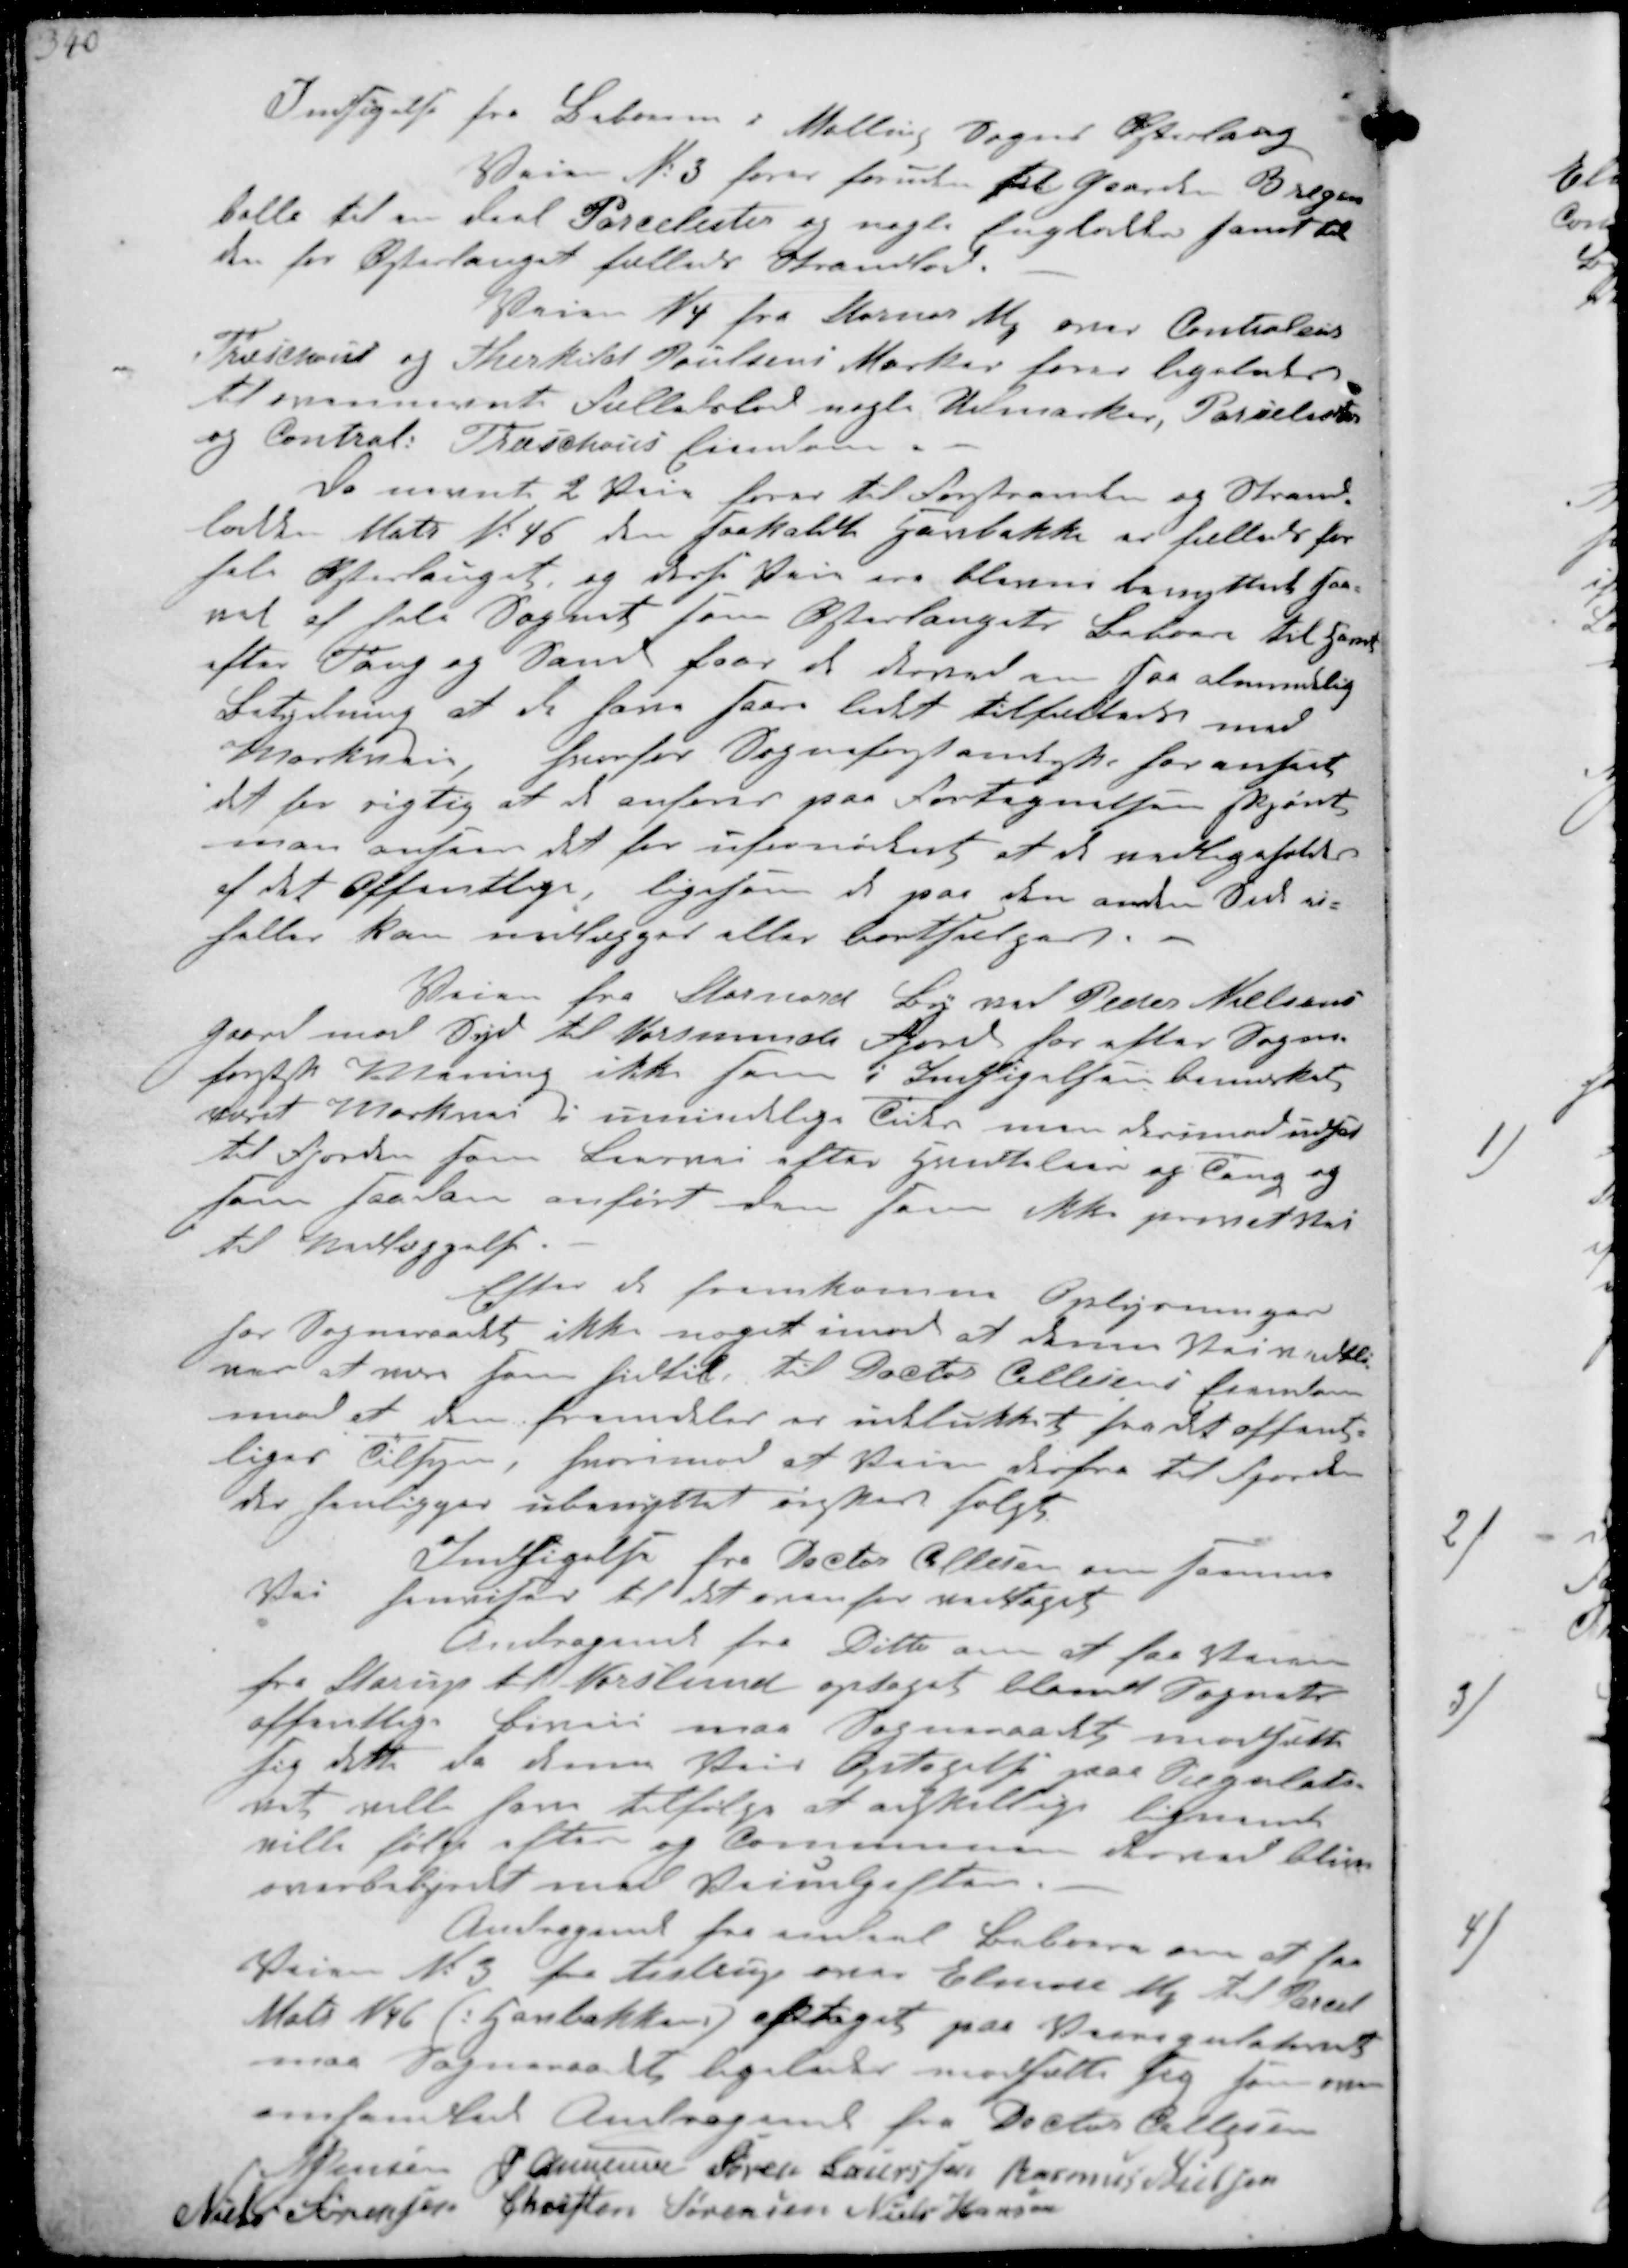
Transskription:
Indsigelse fra Beboerne i Malling Sogns Østerlaug
Veien No 3 fører foruden til Gaarden Bregen-
balle til en del Parcelister og nogle Englodder samt til
den for Østerlauget fælles Strandlod
Veien N 4 fra Stornor ₻ over Controllør
Treschous og Therkild Poulsens Marker fører ligeledes
til ovennævnte Fælleslod nogle Udmarker, Parceller
og Control Traschous Eiendom
De nævnte 2 Veje fører til Forstranden og Strand-
lod Matr No 46 den saakaldte Havbakke et fælleslod for
hele Østerlauget, og disse Veje ere bleven benyttet saa-
vel af hele Sognet som Østerlaugets Beboere til  
efter Tang og Sand faar de derved en saa almindelig
Betydning af de har saare lidet tilfælles med
Marken, hvorfor Sogneforstanderskab anser
det for rigtig at de anføres paa Fortegnelsen skjønt
man anser det for ufornødent at de vedligeholdes
af det Offentlige, ligesom de paa den anden Side ej
heller kan indlægges eller bortsælges

Vejen fra Stornord By mod Peder Nielsens
gaard mod Syd til Norsminde Fjord har efter Sogne-
forstsk Mening ikke som i Indigelsen bemærket
det Markvei i umindelige Tider men derimod udsat
til Fjorden som Leervej efter  af Tang og
Sand saadan anført om som ikke privat Vej
til Nedlæggelse.

Efter de fremkomne Oplysninger
for Sogneraadet ikke noget imod at denne Vej vedbli-
ver at være som hidtil til Doctos Callesen i fremtiden
imod er den fremdeles er udelukket fra det offent-
lige Tilsyn, hvorimod at Vejen derfra til Fjorden
der henligger ubenyttet ønskes solgt
Indsigelse fra Doctor Callesen om samme
Vei henvises til det ovenfor vedtaget
Andragende fra Ditto om at faa Veien
fra Starup til Norslund optaget blandt Sognets
offentlige Biveie maa Sogneraadet modsætte
sig dette da denne Veis Optagelse paa Regulati-
vet ville faa tilfølge at adskillige lignende
ville følge efter og Communen derved bliver
overbebyrdet med Vejudgifter
Andragende fraa enkelt Beboer om at faa
Veien No 3 fra Aistrup over Elmose ₻ til Parcel
Matr N 46 (Havbakken) paa regulativet
maa Sogneraad lieledes modsættte sig for som
omhandlede Andragende fra Doctor Callesen
N Jensen J Christensen Søren Sørensen Rasmus Nielsen
Niels Sørensen Chresten Sørensen Niels Hansen